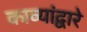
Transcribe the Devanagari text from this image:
काव्यांद्वारे